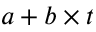
a + b \times t